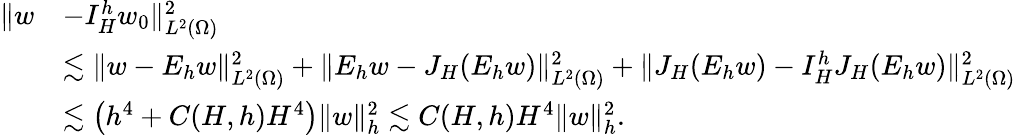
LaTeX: \begin{array}{rl}{\| w}&{-I_{H}^{h}w_{0}\| _{L^{2}(\Omega)}^{2}}\\ &{\lesssim\| w-E_{h}w\| _{L^{2}(\Omega)}^{2}+\| E_{h}w-J_{H}(E_{h}w)\| _{L^{2}(\Omega)}^{2}+\| J_{H}(E_{h}w)-I_{H}^{h}J_{H}(E_{h}w)\| _{L^{2}(\Omega)}^{2}}\\ &{\lesssim\left(h^{4}+C(H,h)H^{4}\right)\| w\| _{h}^{2}\lesssim C(H,h)H^{4}\| w\| _{h}^{2}.}\end{array}